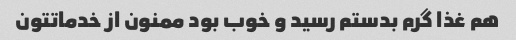
هم غذا گرم بدستم رسید و خوب بود ممنون از خدماتتون